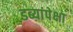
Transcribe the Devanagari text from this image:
डब्यांपेक्षा